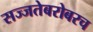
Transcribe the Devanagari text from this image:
सज्जतेबरोबरच